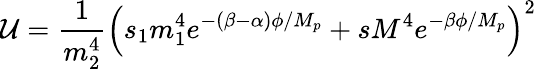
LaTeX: \mathcal{U}=\frac{{1}}{{m_{2}^{4}}}\left(s_{1}m_{1}^{4}e^{-(\beta-\alpha)\phi/M_{p}}+sM^{4}e^{-\beta\phi/M_{p}}\right)^{2}